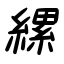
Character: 縲